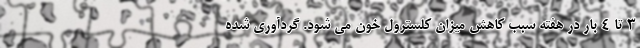
3 تا 4 بار در هفته سبب کاهش میزان کلسترول خون می شود. گردآوری شده